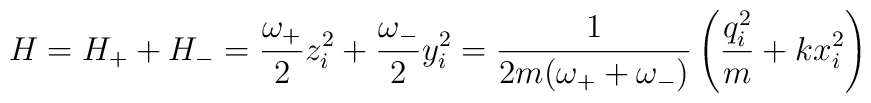
H = H_+ + H_- = \frac{\omega_+}{2} z_i^2 +  \frac{\omega_-}{2}y_i^2 =  \frac{1}{2m(\omega_+ + \omega_-)} \left(\frac{q_i^2}{m} + kx_i^2 \right)